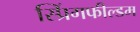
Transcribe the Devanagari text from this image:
स्प्रिंगफील्डम